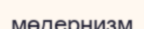
мөдернизм